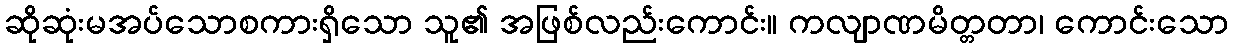
ဆိုဆုံးမအပ်သောစကားရှိသော သူ၏ အဖြစ်လည်းကောင်း။ ကလျာဏမိတ္တတာ၊ ကောင်းသော